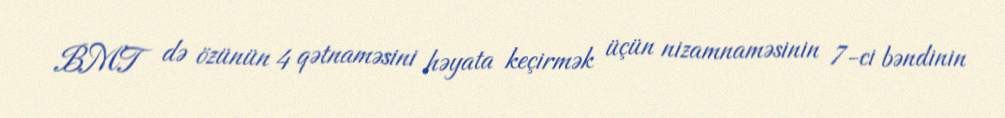
BMT də özünün 4 qətnaməsini həyata keçirmək üçün nizamnaməsinin 7-ci bəndinin